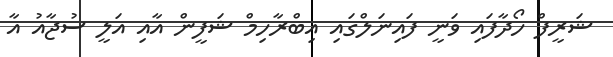
ޝަރީފް ހޯދާފައި ވަނީ ފައިނަލްގައި އިބްރާހިމް ޝަފީން އާއި އަލީ ސުޖާއު އާ